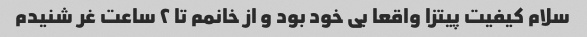
سلام کیفیت پیتزا واقعا بی خود بود و از خانمم تا ۲ ساعت غر شنیدم